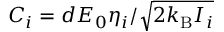
C _ { i } = d E _ { 0 } \eta _ { i } / \sqrt { 2 k _ { \mathrm { B } } I _ { i } }